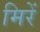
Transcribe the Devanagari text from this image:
मिरें